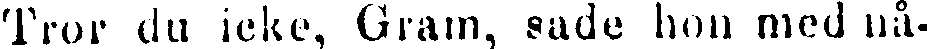
Tror du icke, Gram, sade hon med nå-